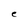
Character: e